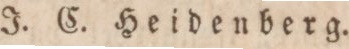
J. C. Heidenberg.